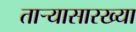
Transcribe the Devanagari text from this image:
ताऱ्यासारख्या